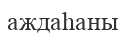
аждаһаны